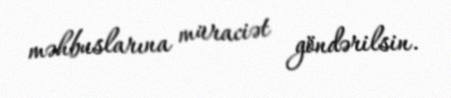
məhbuslarına müraciət göndərilsin.